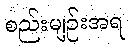
စည်းမျဉ်းအရ